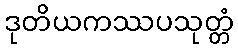
ဒုတိယကဿပသုတ္တံ